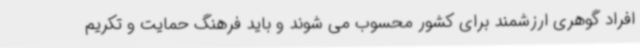
افراد گوهری ارزشمند برای کشور محسوب می شوند و باید فرهنگ حمایت و تکریم